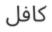
كافل